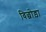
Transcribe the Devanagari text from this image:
विछोड़ा